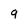
Character: 9